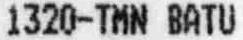
1320-TMN BATU